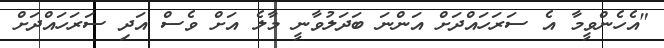
"އެހެންވީމާ އެ ސަރަަހައްދަށް އަންނަ ބަދަލުވާނީ މާލެ އަށް ވެސް އަދި ސަރަހައްދަށް